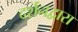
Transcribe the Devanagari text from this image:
दर्शनद्वारा